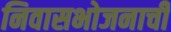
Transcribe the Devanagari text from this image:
निवासभोजनाची